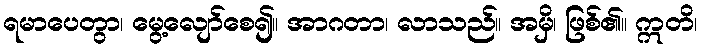
ရမာပေတွာ၊ မွေ့လျော်စေ၍။ အာဂတာ၊ လာသည်။ အမှိ၊ ဖြစ်၏။ ဣတိ၊